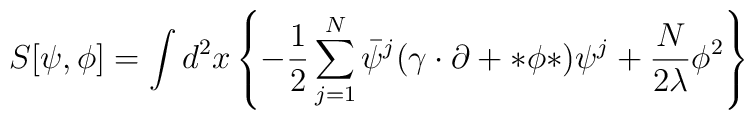
S[\psi,\phi]=\int d^2x \left\{ -\frac{1}{2}\sum_{j=1}^N\bar\psi^j(\gamma\cdot\partial+*\phi*)\psi^j+\frac{N}{2\lambda}\phi^2\right\}